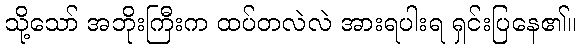
သို့သော် အဘိုးကြီးက ထပ်တလဲလဲ အားရပါးရ ရှင်းပြနေ၏။